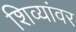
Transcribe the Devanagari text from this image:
शिव्यांवर